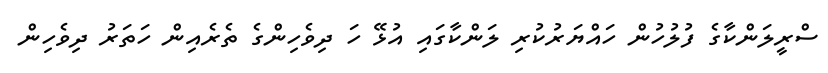
ސްރީލަންކާގެ ފުލުހުން ހައްޔަރުކުރި ލަންކާގައި އުޅޭ ހަ ދިވެހިންގެ ތެރެއިން ހަތަރު ދިވެހިން